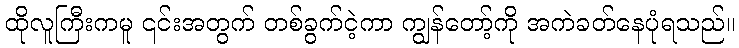
ထိုလူကြီးကမူ ၎င်းအတွက် တစ်ခွက်ငဲ့ကာ ကျွန်တော့်ကို အကဲခတ်နေပုံရသည်။